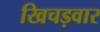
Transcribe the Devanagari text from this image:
खिचड़वार